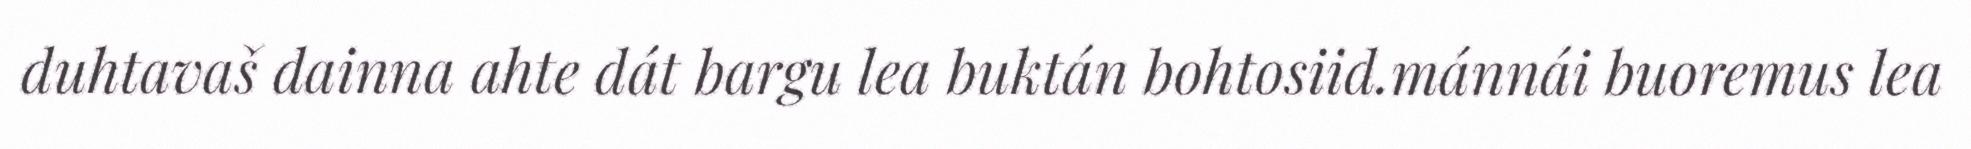
duhtavaš dainna ahte dát bargu lea buktán bohtosiid.mánnái buoremus lea